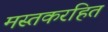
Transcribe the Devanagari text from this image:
मस्तकरहित